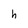
Character: h